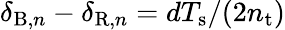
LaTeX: \delta_{\mathrm{B},n}-\delta_{\mathrm{R},n}=dT_{\mathrm{s}}/(2n_{\mathrm{t}})